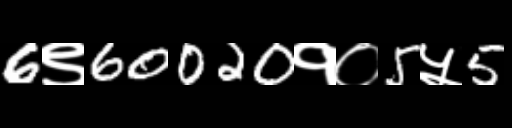
Text: 6९60020१०5५5